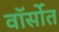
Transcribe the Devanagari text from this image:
वॉर्सोत